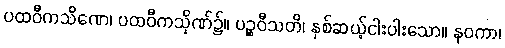
ပထဝီကသိဏေ၊ ပထဝီကသိုဏ်၌။ ပဉ္စဝီသတိ၊ နှစ်ဆယ့်ငါးပါးသော။ နဝကာ၊